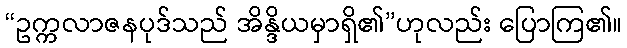
“ဥက္ကလာဇနပုဒ်သည် အိန္ဒိယမှာရှိ၏”ဟုလည်း ပြောကြ၏။